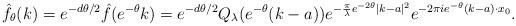
LaTeX: \begin{align*} \hat{f}_\theta(k) = e^{-d \theta/2} \hat{f}(e^{-\theta }k ) = e^{-d \theta/2} Q_\lambda(e^{-\theta }(k-a) ) e^{-\frac{\pi}{\lambda} e^{-2\theta }|k-a|^2} e^{ - 2 \pi i e^{-\theta }(k-a) \cdot x_0 } . \end{align*}